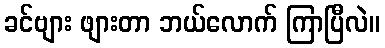
ခင်ဗျား ဖျားတာ ဘယ်လောက် ကြာပြီလဲ။